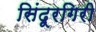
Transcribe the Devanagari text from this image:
सिंदूरगिरी